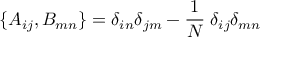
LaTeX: \{ A _ { i j } , B _ { m n } \} = \delta _ { i n } \delta _ { j m } - \frac { 1 } { N } \; \delta _ { i j } \delta _ { m n } \,